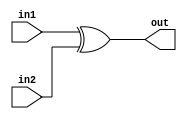
// plaintext - 128 bit
//  roundkey - 128 bit
// divided into segments of bytes (16 bytes). (4x4 matrix)

module AddRoundKey(in1, in2, out); // AddRoundKey moudle.

	parameter Nb=128; // Number of bits for key and word. (DO NOT CHANGE!).
	parameter ZERO=0; // Zero. (DO NOT CHANGE!).

	input [Nb-1:ZERO] in1; 	// 4 bytes from the StateArray
	input [Nb-1:ZERO] in2;	// 4 corelating bytes from the KeySchedule
	output [Nb-1:ZERO] out;

	assign out = in1 ^ in2; // XOR the two inputs. 

endmodule // End of module.